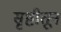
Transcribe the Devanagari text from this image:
सृष्टीतून